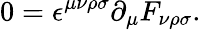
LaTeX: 0=\epsilon^{\mu\nu\rho\sigma}\partial_{\mu}F_{\nu\rho\sigma}.